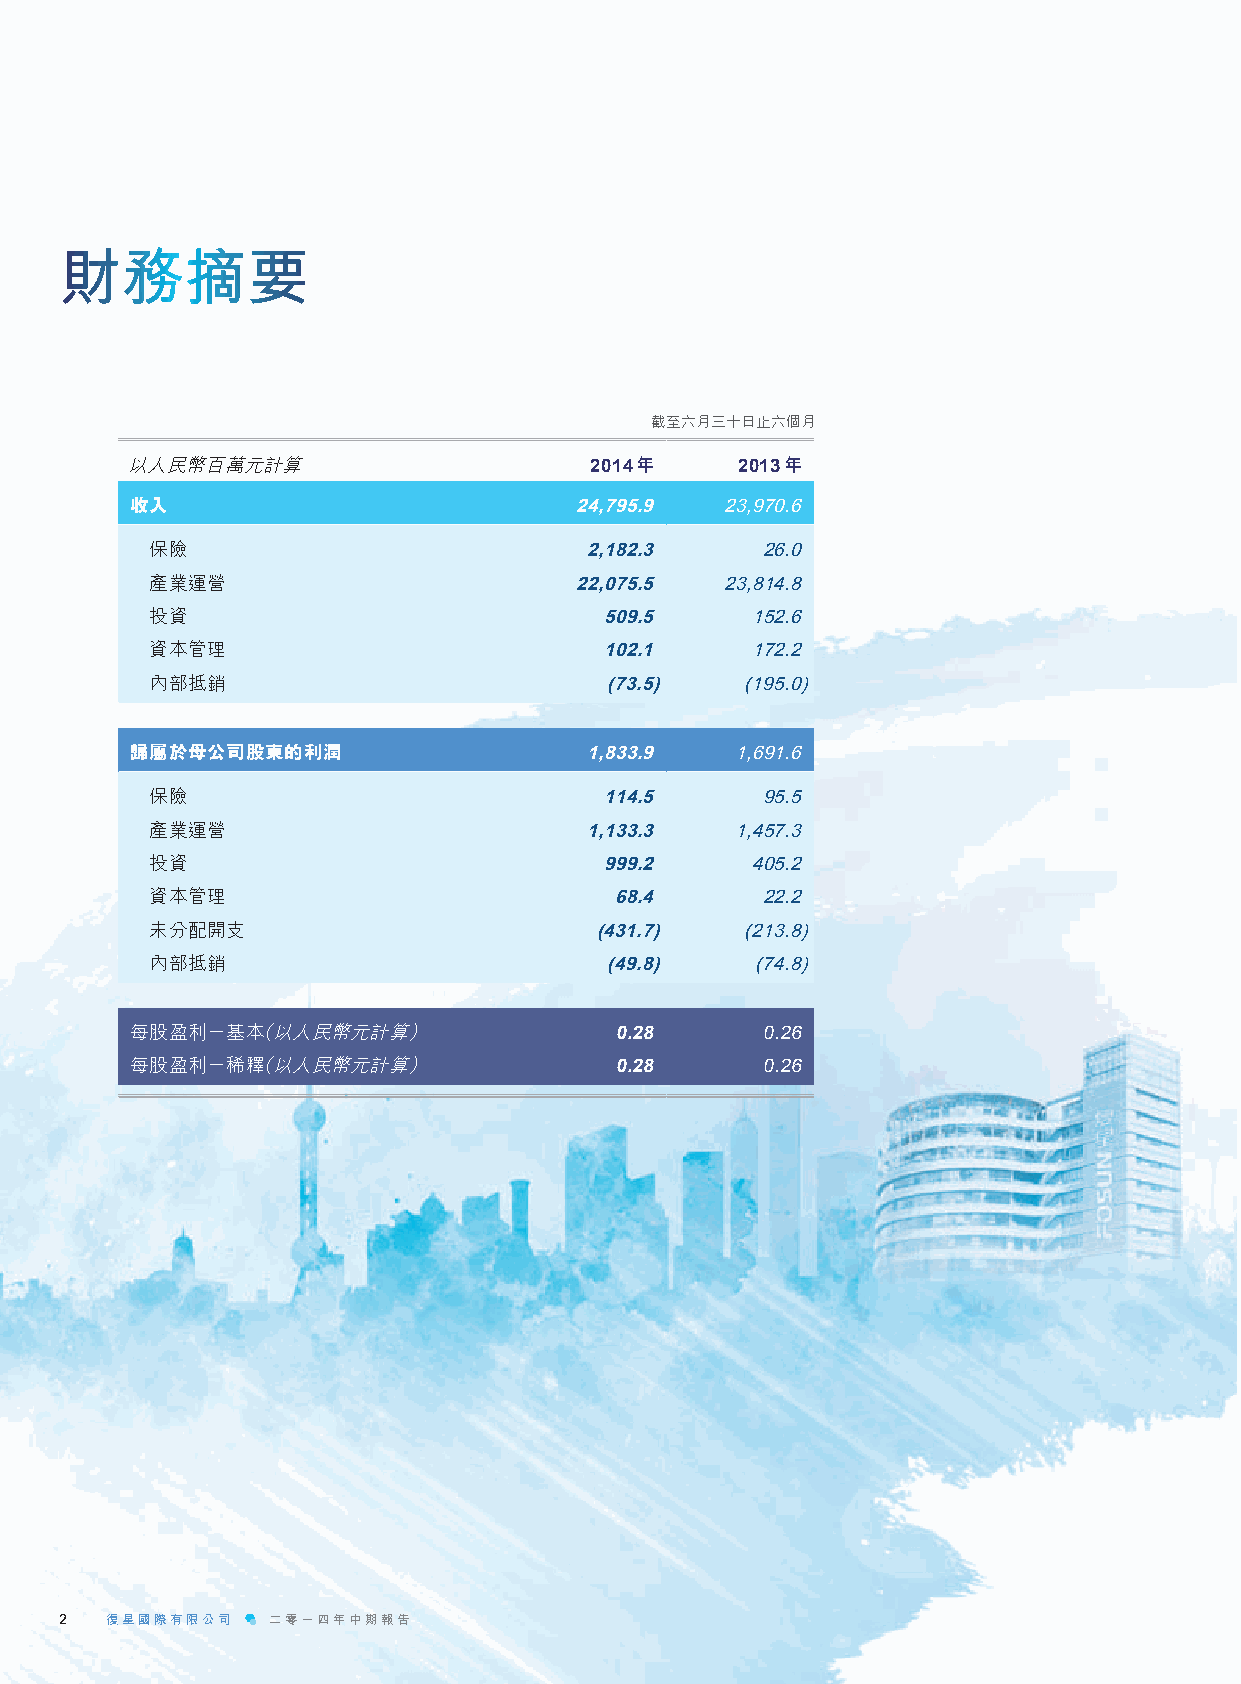
財務摘要
 截至六月三十日止六個月
 以人民幣百萬元計算                      2014年     2013年
 收入                           24,795.9  23,970.6
 保險                           2,182.3    26.0
 產業運營                        22,075.5  23,814.8
 投資                            509.5     152.6
 資本管理                          102.1     172.2
 內部抵銷                          (73.5)   (195.0)
 歸屬於母公司股東的利潤                   1,833.9   1,691.6
 保險                            114.5     95.5
 產業運營                         1,133.3   1,457.3
 投資                            999.2     405.2
 資本管理                           68.4     22.2
 未分配開支                        (431.7)   (213.8)
 內部抵銷                          (49.8)    (74.8)
 每股盈利－基本（以人民幣元計算）                0.28     0.26
 每股盈利－稀釋（以人民幣元計算）                0.28     0.26
 22 復復星星國國際際有有限限公公司司 二二零零一一四四年年中中期期報報告告